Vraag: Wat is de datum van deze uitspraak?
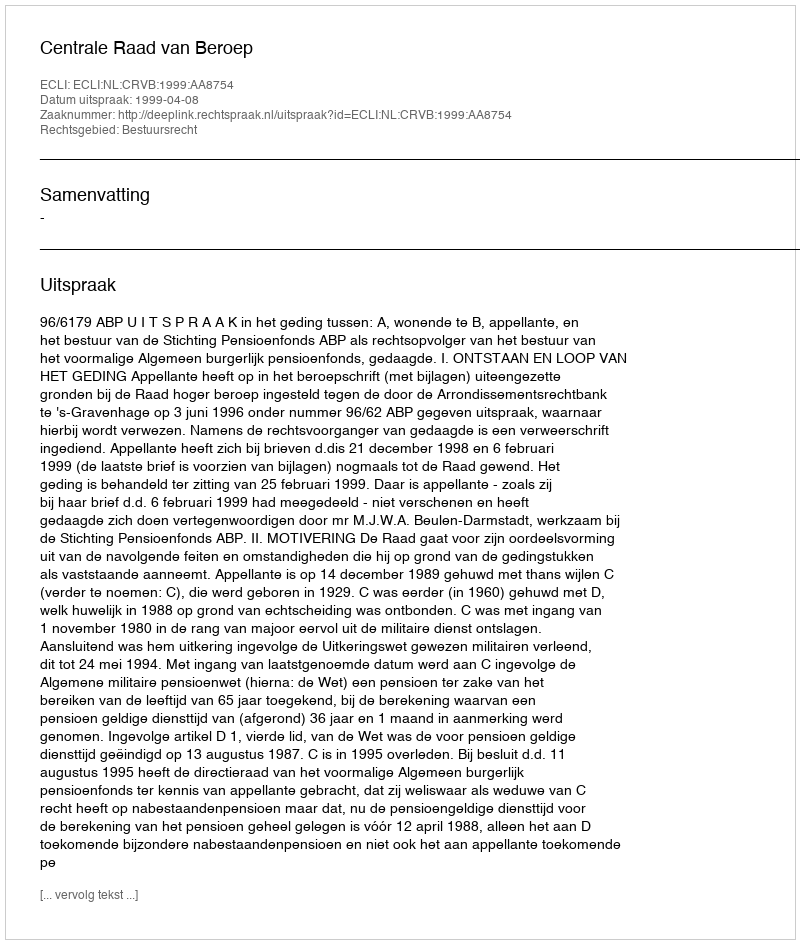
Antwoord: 1999-04-08